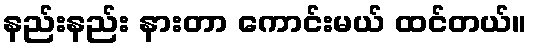
နည်းနည်း နားတာ ကောင်းမယ် ထင်တယ်။